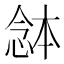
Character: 𭝯